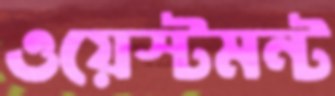
ওয়েস্টমন্ট